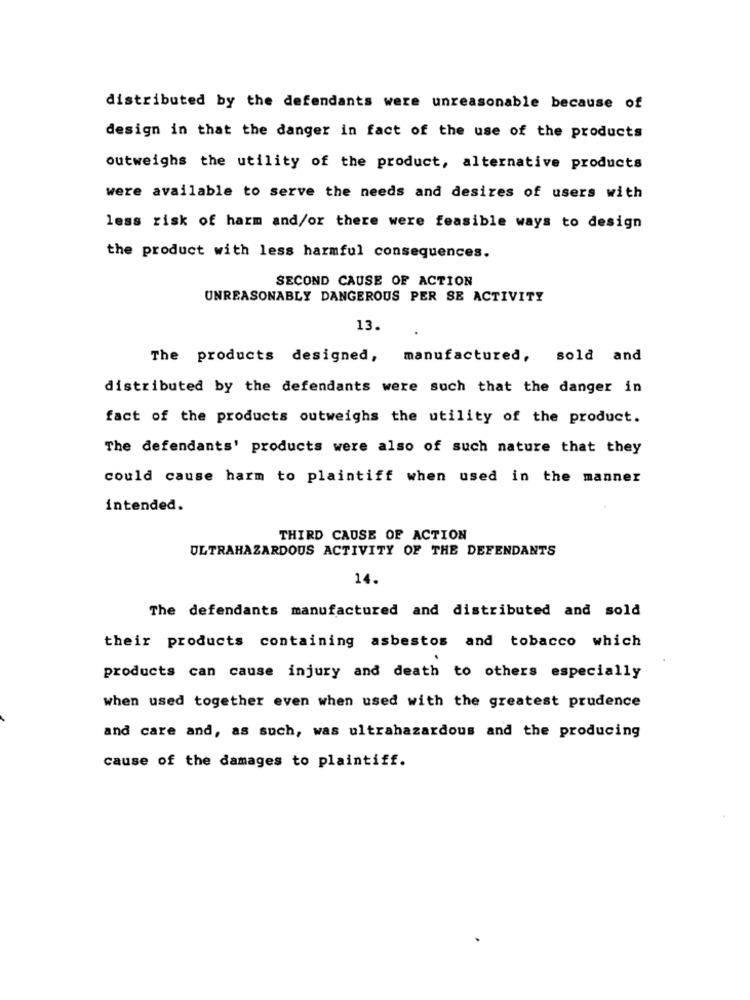
distributed by the defendants were unreasonable because of
design in that the danger in fact of the use of the products
outweighs the utility of the product, alternative products
were available to serve the needs and desires of users with
less risk of harm and/or there were feasible ways to design
the product with less harmful consequences.
SECOND CAUSE OF ACTION
UNREASONABLY DANGEROUS PER SE ACTIVITY
13.
The products designed,
manufactured, sold and
distributed by the defendants were such that the danger in
fact of the products outweighs the utility of the product.
The defendants' products were also of such nature that they
could cause harm to plaintiff when used in the manner
intended.
THIRD CAUSE OF ACTION
ULTRAHAZARDOUS ACTIVITY OF THE DEFENDANTS
14.
The defendants manufactured and distributed and sold
their products containing asbestos and tobacco which
products can cause injury and death to others especially
when used together even when used with the greatest prudence
and care and, as such, was ultrahazardous and the producing
cause of the damages to plaintiff.